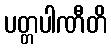
ပတ္တပါဏီတိ